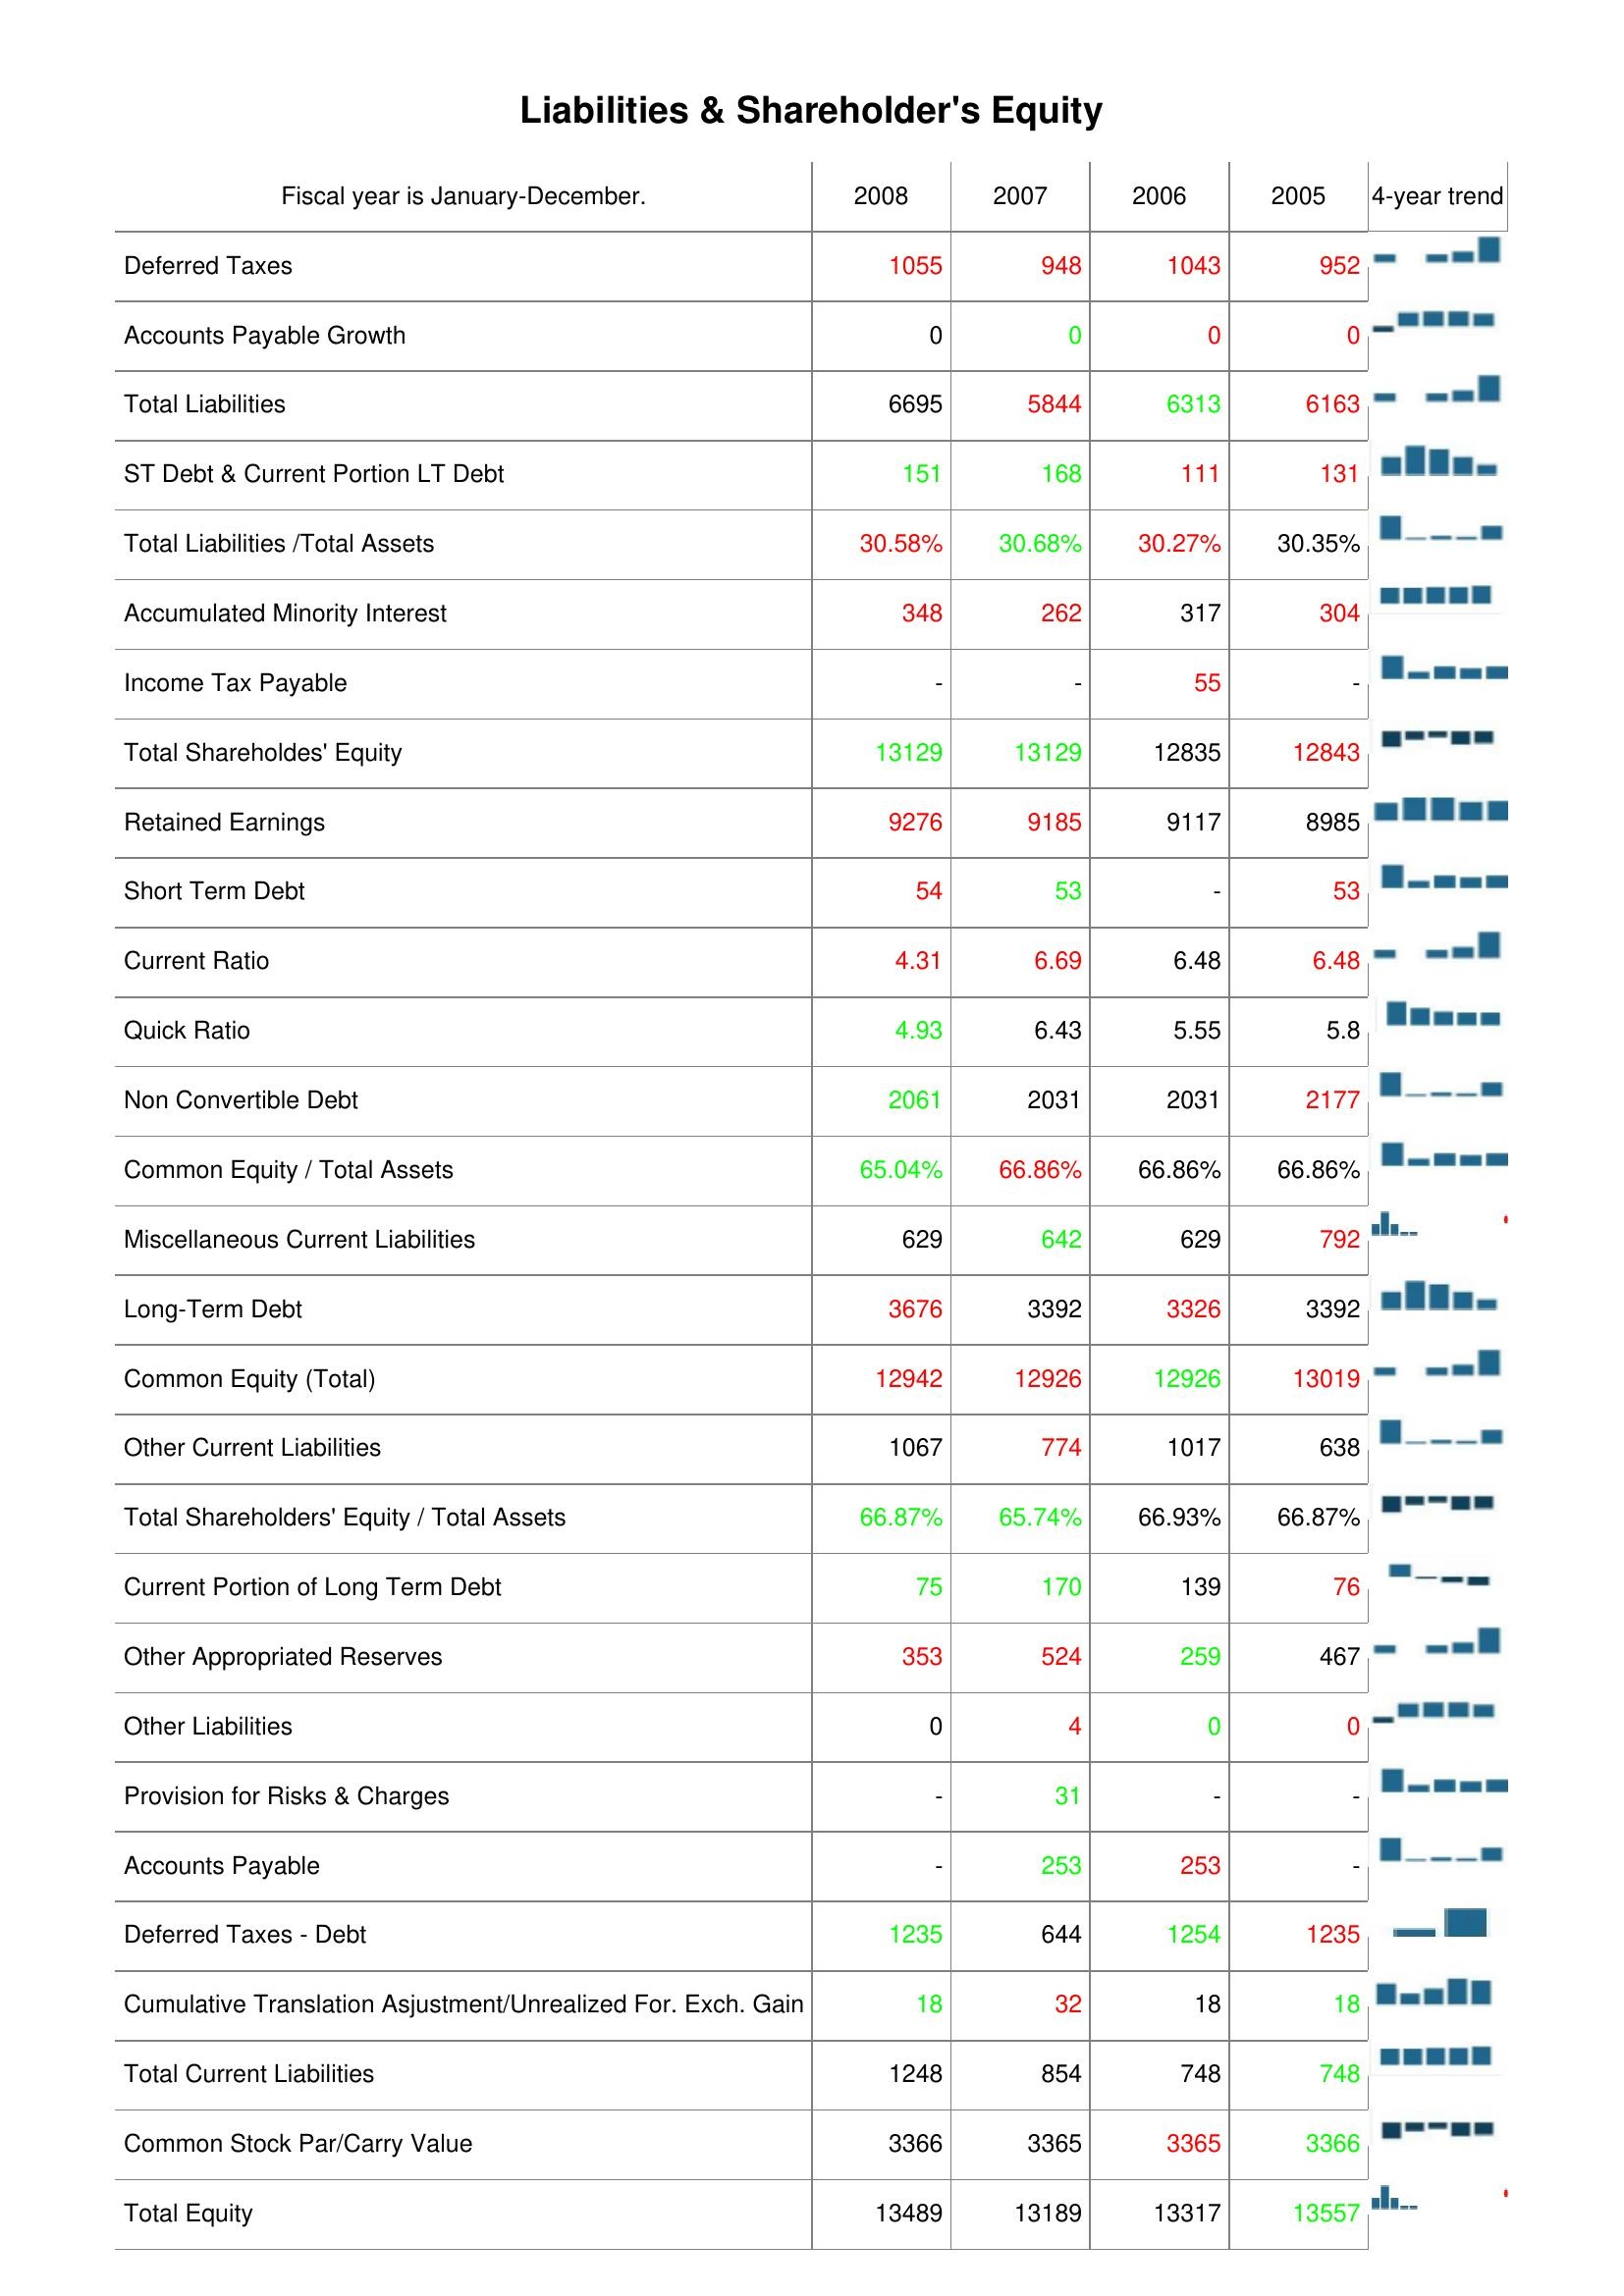
2008: Liabilities & Shareholder's Equity: Deferred Taxes: 1055
Accounts Payable Growth: 0
Total Liabilities: 6695
ST Debt & Current Portion LT Debt: 151
Total Liabilities /Total Assets: 30.58%
Accumulated Minority Interest: 348
Income Tax Payable: -
Total Shareholdes' Equity: 13129
Retained Earnings: 9276
Short Term Debt: 54
Current Ratio: 4.31
Quick Ratio: 4.93
Non Convertible Debt: 2061
Common Equity / Total Assets: 65.04%
Miscellaneous Current Liabilities: 629
Long-Term Debt: 3676
Common Equity (Total): 12942
Other Current Liabilities: 1067
Total Shareholders' Equity / Total Assets: 66.87%
Current Portion of Long Term Debt: 75
Other Appropriated Reserves: 353
Other Liabilities: 0
Provision for Risks & Charges: -
Accounts Payable: -
Deferred Taxes - Debt: 1235
Cumulative Translation Asjustment/Unrealized For. Exch. Gain: 18
Total Current Liabilities: 1248
Common Stock Par/Carry Value: 3366
Total Equity: 13489
2007: Liabilities & Shareholder's Equity: Deferred Taxes: 948
Accounts Payable Growth: 0
Total Liabilities: 5844
ST Debt & Current Portion LT Debt: 168
Total Liabilities /Total Assets: 30.68%
Accumulated Minority Interest: 262
Income Tax Payable: -
Total Shareholdes' Equity: 13129
Retained Earnings: 9185
Short Term Debt: 53
Current Ratio: 6.69
Quick Ratio: 6.43
Non Convertible Debt: 2031
Common Equity / Total Assets: 66.86%
Miscellaneous Current Liabilities: 642
Long-Term Debt: 3392
Common Equity (Total): 12926
Other Current Liabilities: 774
Total Shareholders' Equity / Total Assets: 65.74%
Current Portion of Long Term Debt: 170
Other Appropriated Reserves: 524
Other Liabilities: 4
Provision for Risks & Charges: 31
Accounts Payable: 253
Deferred Taxes - Debt: 644
Cumulative Translation Asjustment/Unrealized For. Exch. Gain: 32
Total Current Liabilities: 854
Common Stock Par/Carry Value: 3365
Total Equity: 13189
2006: Liabilities & Shareholder's Equity: Deferred Taxes: 1043
Accounts Payable Growth: 0
Total Liabilities: 6313
ST Debt & Current Portion LT Debt: 111
Total Liabilities /Total Assets: 30.27%
Accumulated Minority Interest: 317
Income Tax Payable: 55
Total Shareholdes' Equity: 12835
Retained Earnings: 9117
Short Term Debt: -
Current Ratio: 6.48
Quick Ratio: 5.55
Non Convertible Debt: 2031
Common Equity / Total Assets: 66.86%
Miscellaneous Current Liabilities: 629
Long-Term Debt: 3326
Common Equity (Total): 12926
Other Current Liabilities: 1017
Total Shareholders' Equity / Total Assets: 66.93%
Current Portion of Long Term Debt: 139
Other Appropriated Reserves: 259
Other Liabilities: 0
Provision for Risks & Charges: -
Accounts Payable: 253
Deferred Taxes - Debt: 1254
Cumulative Translation Asjustment/Unrealized For. Exch. Gain: 18
Total Current Liabilities: 748
Common Stock Par/Carry Value: 3365
Total Equity: 13317
2005: Liabilities & Shareholder's Equity: Deferred Taxes: 952
Accounts Payable Growth: 0
Total Liabilities: 6163
ST Debt & Current Portion LT Debt: 131
Total Liabilities /Total Assets: 30.35%
Accumulated Minority Interest: 304
Income Tax Payable: -
Total Shareholdes' Equity: 12843
Retained Earnings: 8985
Short Term Debt: 53
Current Ratio: 6.48
Quick Ratio: 5.8
Non Convertible Debt: 2177
Common Equity / Total Assets: 66.86%
Miscellaneous Current Liabilities: 792
Long-Term Debt: 3392
Common Equity (Total): 13019
Other Current Liabilities: 638
Total Shareholders' Equity / Total Assets: 66.87%
Current Portion of Long Term Debt: 76
Other Appropriated Reserves: 467
Other Liabilities: 0
Provision for Risks & Charges: -
Accounts Payable: -
Deferred Taxes - Debt: 1235
Cumulative Translation Asjustment/Unrealized For. Exch. Gain: 18
Total Current Liabilities: 748
Common Stock Par/Carry Value: 3366
Total Equity: 13557